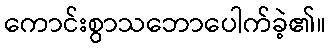
ကောင်းစွာသဘောပေါက်ခဲ့၏။